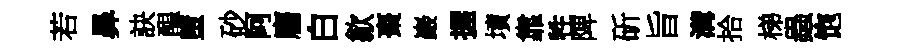
若鼻訣醖墮砂阿麕白歙棗巖握墳靠牲陴斫旨溝拾梯蟲饱